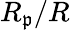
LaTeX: R_{\mathfrak{p}}/R